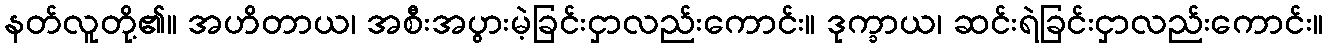
နတ်လူတို့၏။ အဟိတာယ၊ အစီးအပွားမဲ့ခြင်းငှာလည်းကောင်း။ ဒုက္ခာယ၊ ဆင်းရဲခြင်းငှာလည်းကောင်း။